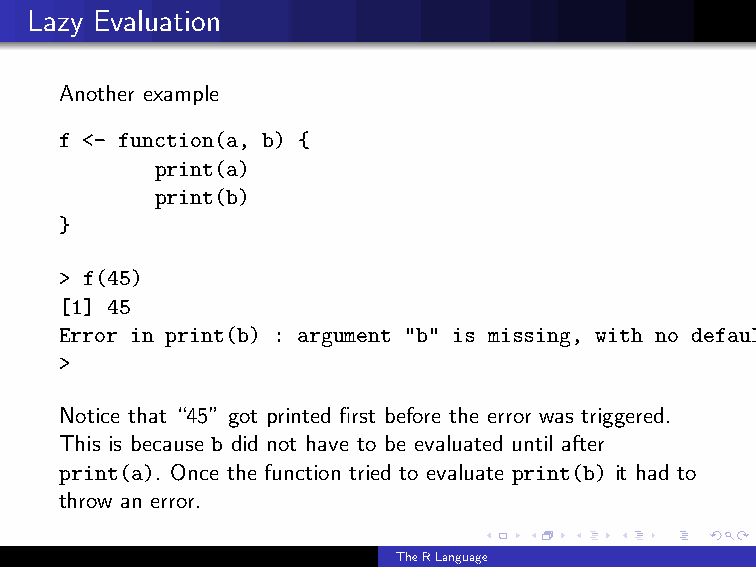
Lazy Evaluation
 Another example
 f <- function(a, b) {
 print(a)
 print(b)
 }
 > f(45)
 [1] 45
 Error in print(b) : argument "b" is missing, with no default
 >
 Notice that “45” got printed first before the error was triggered.
 This is because b did not have to be evaluated until after
 print(a). Once the function tried to evaluate print(b) it had to
 throw an error.
 TheRLanguage